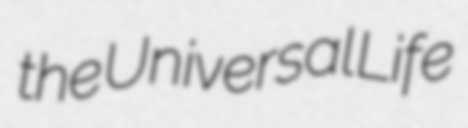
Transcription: the Universal Life